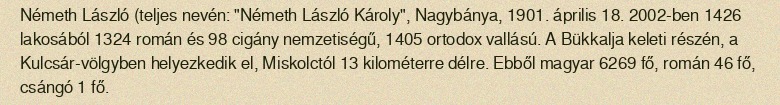
Németh László (teljes nevén: "Németh László Károly", Nagybánya, 1901. április 18. 2002-ben 1426 lakosából 1324 román és 98 cigány nemzetiségű, 1405 ortodox vallású. A Bükkalja keleti részén, a Kulcsár-völgyben helyezkedik el, Miskolctól 13 kilométerre délre. Ebből magyar 6269 fő, román 46 fő, csángó 1 fő.